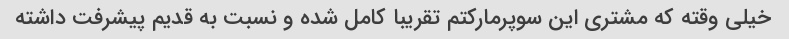
خیلی وقته که مشتری این سوپرمارکتم تقریبا کامل شده و نسبت به قدیم پیشرفت داشته